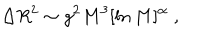
LaTeX: \Delta R ^ { 2 } \sim g ^ { 2 } M ^ { 3 } [ \ln M ] ^ { \alpha } \; ,